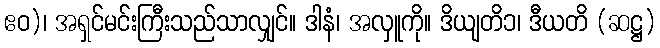
ဧဝ)၊ အရှင်မင်းကြီးသည်သာလျှင်။ ဒါနံ၊ အလှူကို။ ဒိယျတိ၁၊ ဒီယတိ (ဆဋ္ဌ)